Vaccination in Bombay 1902-1912 - 1902-1912
Year: 1902
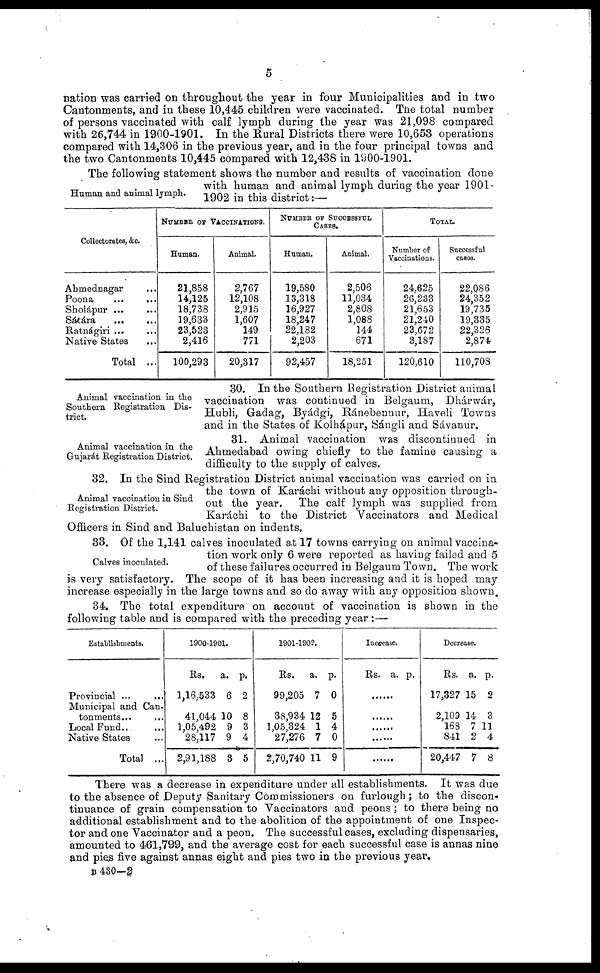
5
nation was carried on throughout the year in four Municipalities and in two
Cantonments, and in these 10,445 children were vaccinated. The total number
of persons vaccinated with calf lymph during the year was 21,098 compared
with 26,744 in 1900-1901. In the Rural Districts there were 10,653 operations
compared with 14,306 in the previous year, and in the four principal towns and
the two Cantonments 10,445 compared with 12,438 in 1900-1901.
Human and animal lymph.
The following statement shows the number and results of vaccination done
with human and animal lymph during the year 1901-
1902 in this district:—
Collectorates, &c.
Ahmednagar ...
Poona
...
...
Sholápur ... ...
Sáhára
...
...
Ratnágiri ... ...
Native States ...
Total ...
NUMBER OF VACCINATIONS.
Human.
21,858
14,125
18,738
19,633
23,523
2,416
100,293
Animal.
2,767
12,108
2,915
1,607
149
771
20,317
NUMBER OF SUCCESSFUL
CASES.
Human.
19,580
13,318
16,927
18,247
22,182
2,203
92,457
Animal.
2,506
11,034
2,808
1,088
144
671
18,251
TOTAL.
Number of
Vaccinations.
24,625
26,233
21,653
21,240
23,672
3,187
120,610
Successful
cases.
22,086
24,352
19,735
19,335
22,326
2,874
110,708
Animal vaccination in the
Southern Registration Dis-
trict.
30. In the Southern Registration District animal
vaccination was continued in Belgaum, Dhárwár,
Hubli, Gadag, Byádgi, Ránebennur, Haveli Towns
and in the States of Kolhápur, Sángli and Sávanur.
Animal vaccination in the
Gujarát Registration District.
31. Animal vaccination was discontinued in
Ahmedabad owing chiefly to the famine causing a
difficulty to the supply of calves.
Animal vaccination in Sind
Registration District.
32. In the Sind Registration District animal vaccination was carried on in
the town of Karáchi without any opposition through-
out the year.
The calf lymph was supplied from
Karáchi to the District Vaccinators and Medical
Officers in Sind and Baluchistan on indents.
Calves inoculated.
33. Of the 1,141 calves inoculated at 17 towns carrying on animal vaccina-
tion work only 6 were reported as having failed and 5
of these failures occurred in Belgaum Town. The work
is very satisfactory. The scope of it has been increasing and it is hoped may
increase especially in the large towns and so do away with any opposition shown.
34. The total expenditure on account of vaccination is shown in the
following table and is compared with the preceding year:—
Establishments.
Provincial ... ...
Municipal and Can-
tonments... ...
Local Fund.. ...
Native States ...
Total
...
1900-1901.
Rs.
1,16,533
41,044
1,05,492
28,117
2,91,188
a.
6
10
9
9
8
p.
2
8
3
4
5
1901-1902.
Rs.
99,205
38,934
1,05,324
27,276
2,70,740
a.
7
12
1
7
11
p.
0
5
4
0
9
Increase.
Rs. a. p.
......
......
......
......
......
Decrease.
Rs.
17,327
2,109
168
841
20,447
a.
15
14
7
2
7
p.
2
3
11
4
8
There was a decrease in expenditure under all establishments. It was due
to the absence of Deputy Sanitary Commissioners on furlough; to the discon-
tinuance of grain compensation to Vaccinators and peons; to there being no
additional establishment and to the abolition of the appointment of one Inspec-
tor and one Vaccinator and a peon. The successful cases, excluding dispensaries,
amounted to 461,799, and the average cost for each successful case is annas nine
and pies five against annas eight and pies two in the previous year.
B 430—2